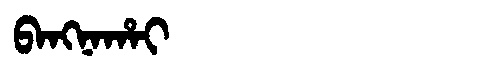
Manchu: ᠪᠠᠩᠨᠠᡥᠠᡳ
Romanization: BANGNAHAI